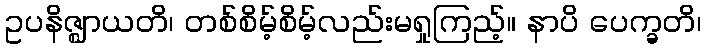
ဥပနိဇ္ဈာယတိ၊ တစ်စိမ့်စိမ့်လည်းမရှုကြည့်။ နာပိ ပေက္ခတိ၊